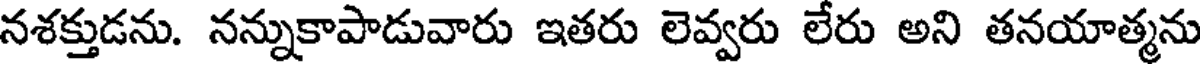
నశక్తుడను. నన్నుకాపాడువారు ఇతరు లెవ్వరు లేరు అని తనయాత్మను